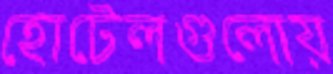
হোটেলগুলোয়